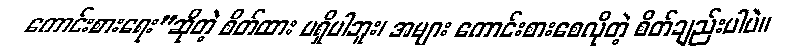
ကောင်းစားရေး”ဆိုတဲ့ စိတ်ထား မရှိပါဘူး၊ အများ ကောင်းစားစေလိုတဲ့ စိတ်ချည်းပါပဲ။